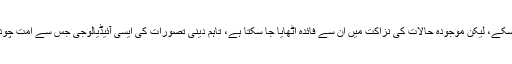
یہ مواقف اس وقت اگرچہ جمہوری تائید حاصل نہ کر سکے، لیکن موجودہ حالات کی نزاکت میں ان سے فائدہ اٹھایا جا سکتا ہے، تاہم دینی تصورات کی ایسی آئیڈیالوجی جس سے امت چودہ سو سال میں آشنا نہ رہی ہو، قابل قبول نہیں ہو سکتی۔